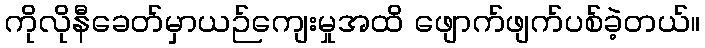
ကိုလိုနီခေတ်မှာယဉ်ကျေးမှုအထိ ဖျောက်ဖျက်ပစ်ခဲ့တယ်။